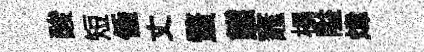
酸短倕丈蝥態竈榻隘煒